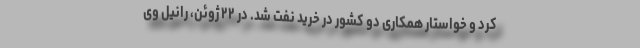
کرد و خواستار همکاری دو کشور در خرید نفت شد. در ۲۲ ژوئن، رانیل وی